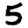
Digit: 5